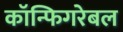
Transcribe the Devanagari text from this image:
कॉन्फिगरेबल